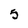
Character: 5